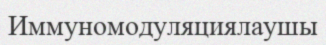
Иммуномодуляциялаушы